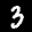
Label: 3